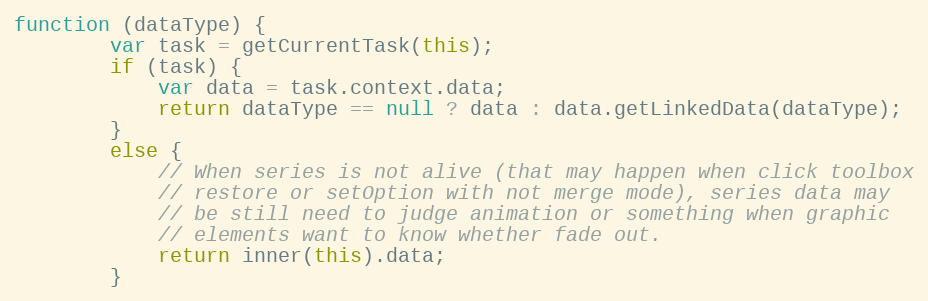
Language: JavaScript
function (dataType) {
        var task = getCurrentTask(this);
        if (task) {
            var data = task.context.data;
            return dataType == null ? data : data.getLinkedData(dataType);
        }
        else {
            // When series is not alive (that may happen when click toolbox
            // restore or setOption with not merge mode), series data may
            // be still need to judge animation or something when graphic
            // elements want to know whether fade out.
            return inner(this).data;
        }